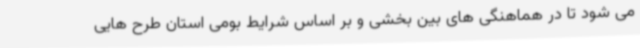
می شود تا در هماهنگی های بین بخشی و بر اساس شرایط بومی استان طرح هایی